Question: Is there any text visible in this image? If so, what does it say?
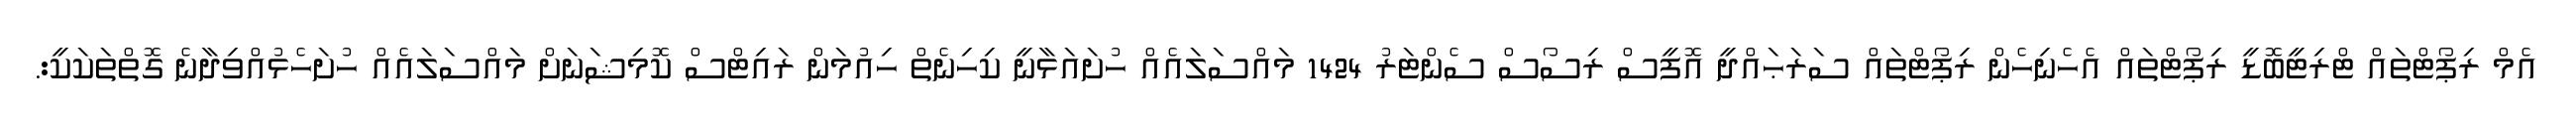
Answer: އެމް ރިޕޯޓްތައް ޓްރިޓީބޮޑީ ރިޕޯޓްތައް އެހެނިހެން ރިޕޯޓްތައް ސަރަޙައްދީ އޮފީސް ރިސޯސް ސެންޓަރު 1424 މައްސަލައެއް ހުށައަޅާނީ ކިހިނެތް ހިއުމަން ރައިޓްސް ކޮމިޝަނަށް މައްސަލައެއް ހުށަހެޅުއްވިދާނެ ގޮތްތަކަކީ:.